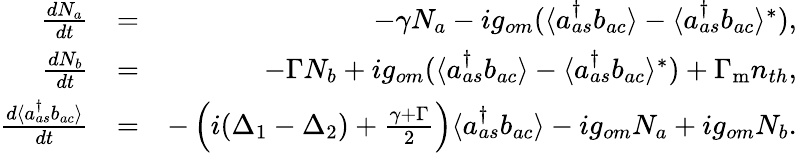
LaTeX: \begin{array}{rlr}{\frac{dN_{a}}{dt}}&{=}&{-\gamma N_{a}-ig_{om}(\langle a_{as}^{\dagger}b_{ac}\rangle-\langle a_{as}^{\dagger}b_{ac}\rangle^{*}),}\\ {\frac{dN_{b}}{dt}}&{=}&{-\Gamma N_{b}+ig_{om}(\langle a_{as}^{\dagger}b_{ac}\rangle-\langle a_{as}^{\dagger}b_{ac}\rangle^{*})+\Gamma_{\mathrm{m}}n_{th},}\\ {\frac{d\langle a_{as}^{\dagger}b_{ac}\rangle}{dt}}&{=}&{-\left(i(\Delta_{1}-\Delta_{2})+\frac{\gamma+\Gamma}{2}\right)\langle a_{as}^{\dagger}b_{ac}\rangle-ig_{om}N_{a}+ig_{om}N_{b}.}\end{array}